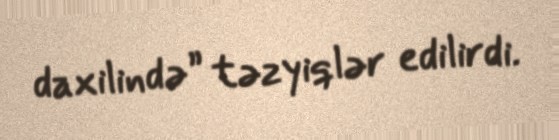
daxilində” təzyiqlər edilirdi.